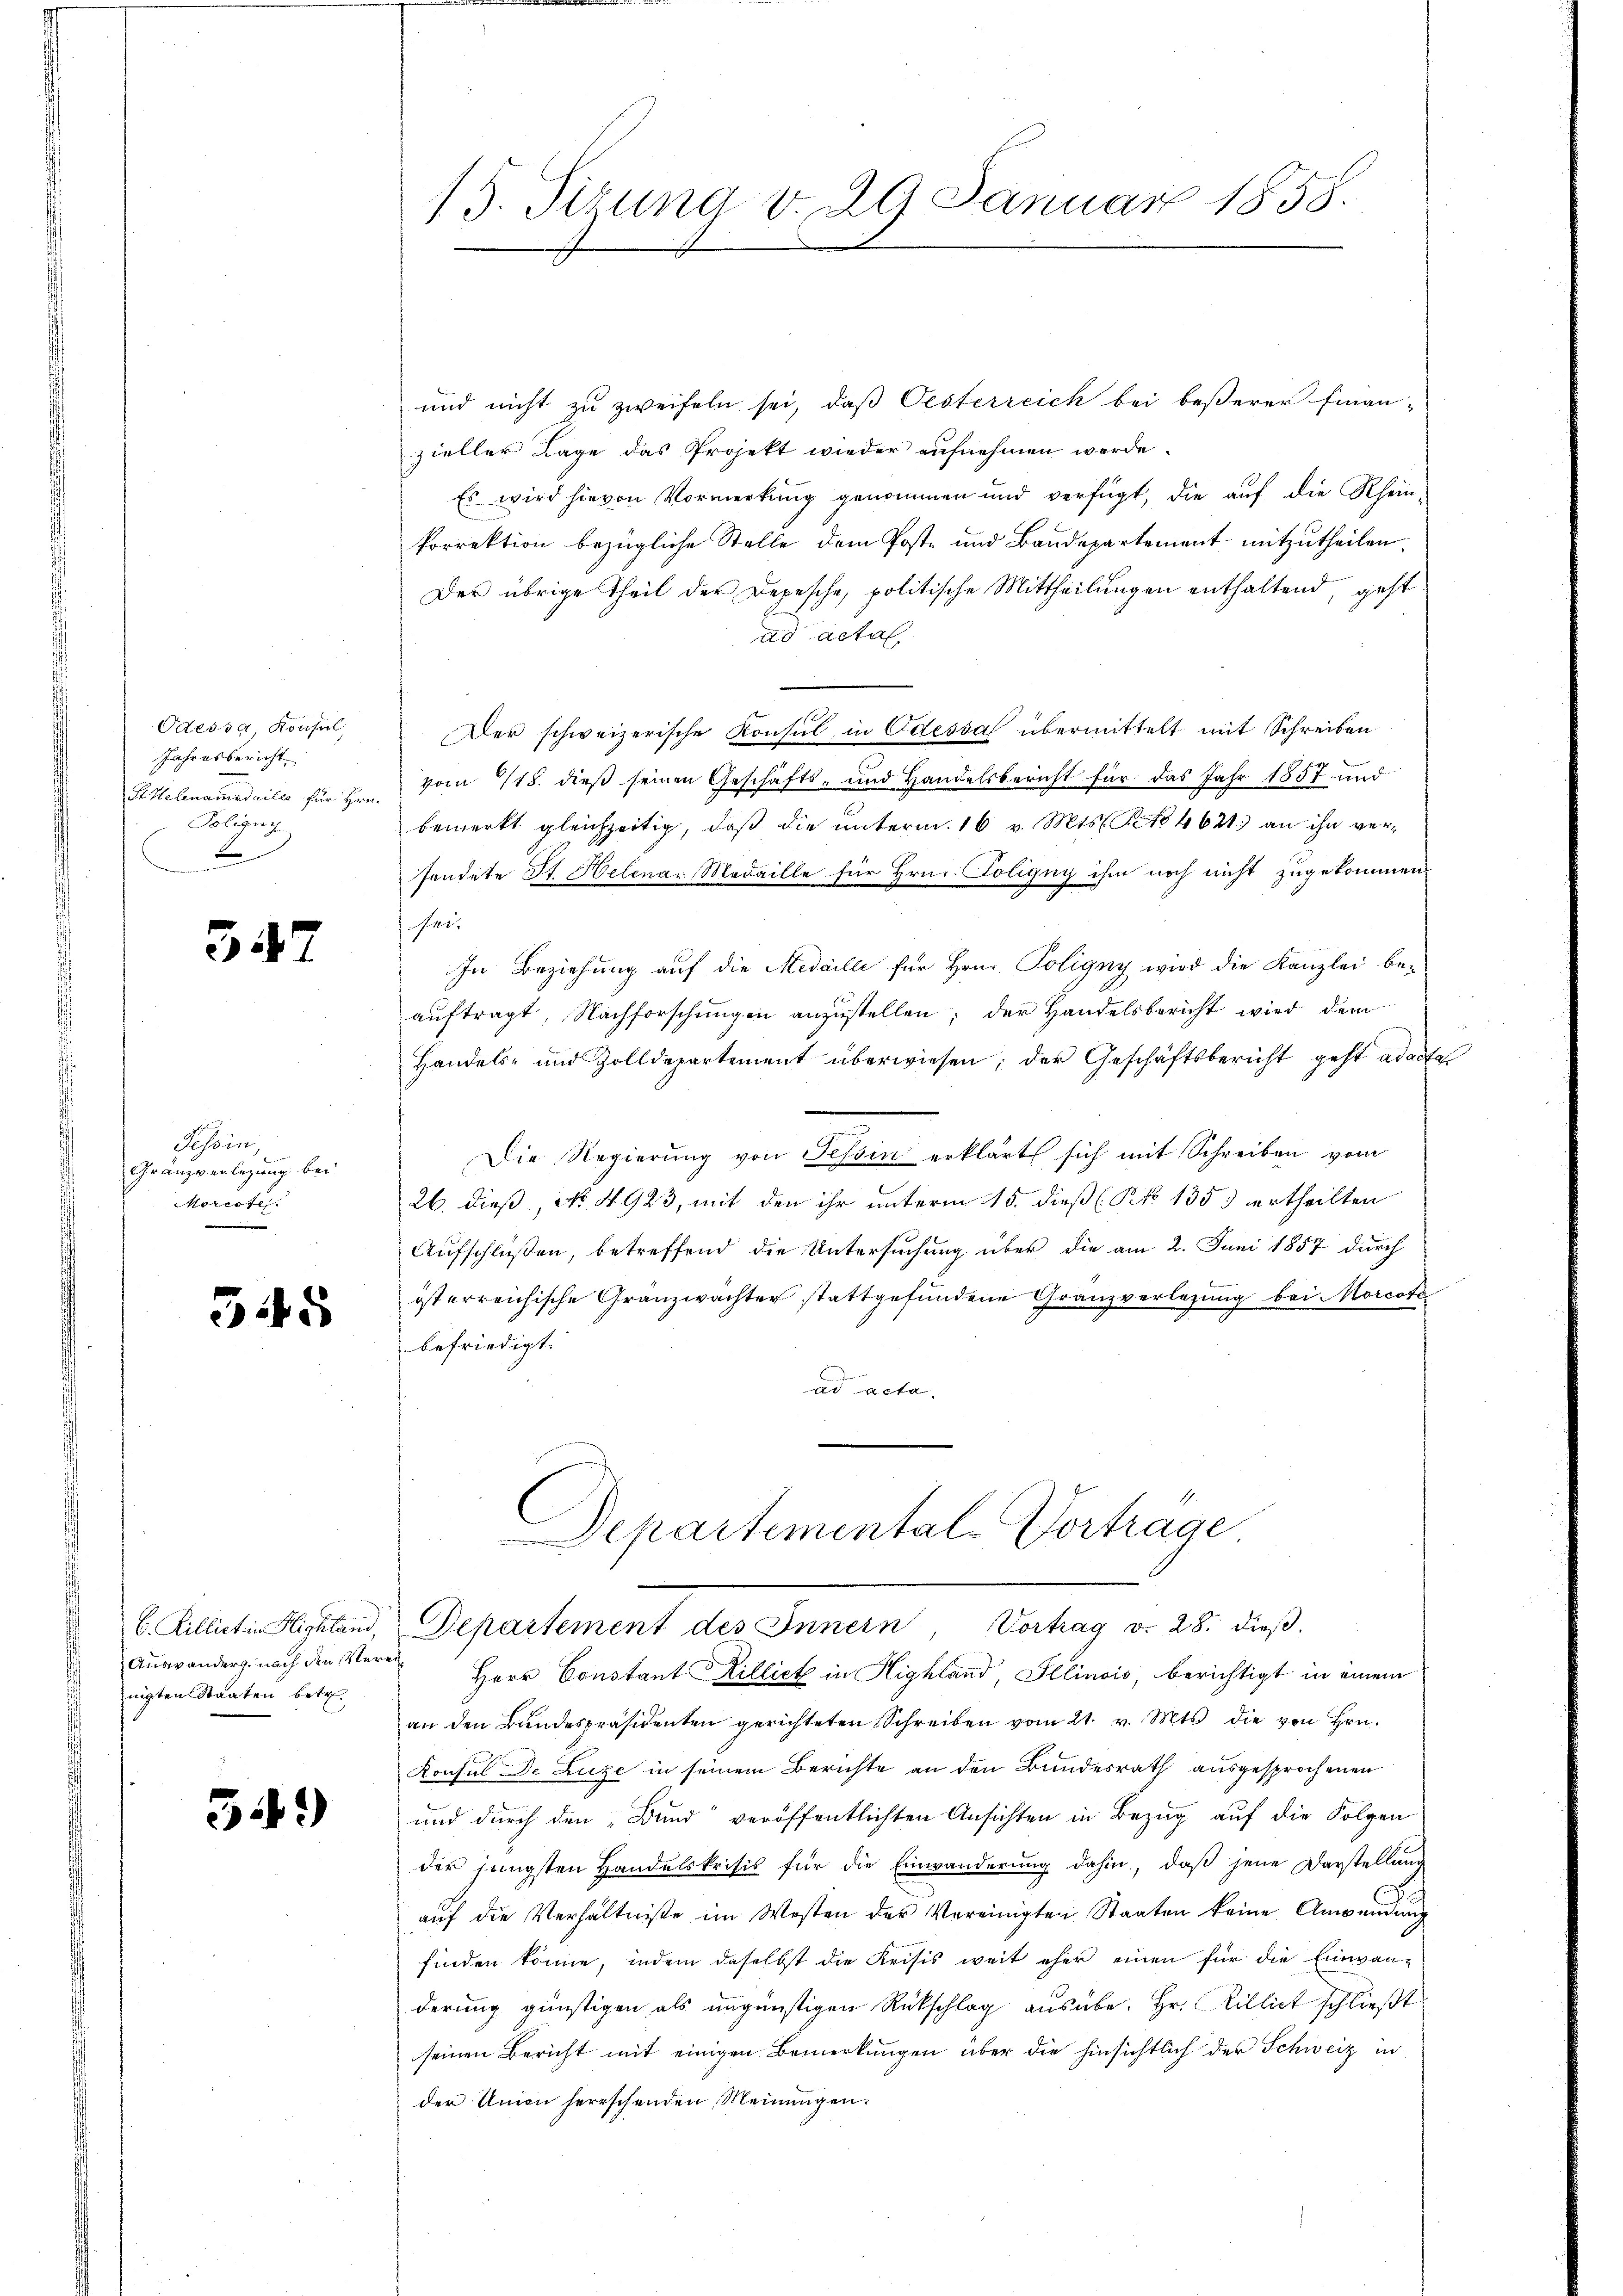
Odessa, Konsul,
Jahresbericht
Sittelenamedailes für Hrn.
Toligny
L

557

Tessin,
Gränzverlegung bei.
Morcote.
e

545

Auswanderg. nach den Vereinigten Staaten betre

54.)

und nicht zu zweifeln sei, daß Oesterreich bei beßerer Finan-
zieller Lage das Projekt wieder aufnehmen werde.
Es wird hievon Vormerkŭng genommen und verfügt, die aŭf die Rhein-
Porrektion bezügliche Stelle dem Poste und Baudepartement mitzutheilen.
Der übrige Theil der Depesche, politische Mittheilungen enthaltend, geht
ad actal
Der schweizerische Konsul in Odessa übermittelt mit Schreiben
vom 118. dieß seinen Geschäfts- und Handelsbericht für das Jahr 1857 und
bemerkt gleichzeitig, daß die unterm 16 v. Mts. No 4621.) an ihn versendete St. Helenar Medaille für Hrn. Poligny ihm noch nicht zugekommen
N. 11. 2.
In Beziehung auf die Medaille für Hrn. Poligny wird die Kanzlei beauftragt, Nachforschungen anzustellen; der Handelsbericht wird dem
Handels- und Zolldepartement überwiesen; der Geschäftsbericht geht ad actes
Die Regierŭng von Tessin erklärt sich mit Schreiben vom
26. dieß, No 4923, mit den ihr unterm 15. dieß (NNo 135. ertheilten
Aufschlüßen, betreffend die Untersuchung über die am 2. Juni 1857 durch
österreichische Gränzwachter stattgefundene Granzverlegung bei Morcote
befriedigt.
ad acta.

Herr Constant Hilliet in Highland Illinois, berichtigt in einem
an den Bundespräsidenten gerichteten Schreiben vom 21. v. Mts. die von Hrn.
Konsul De Luze in seinem Berichte an den Bundesrath ausgesprochenen
und durch den „Bund“ veröffentlichten Ansichten in Bezug auf die Folgen
der jüngsten Handelskrisis für die Einwanderung dahin, daß jene Darstellung
aŭf die Verhältniße im Westen der Vereinigten Staaten keine Anwendŭng
finden könne, indem daselbst die Krisis weit eher einen für die Einwan-
derung günstigen als ungünstigen Rückschlag ausübe. Hr. Villigt schließt
seinen Bericht mit einigen Bemerkungen über die hinsichtlich der Schweiz in
der Union herrschenden Meinungen.

15. Sizung d. 29. Januar 1858.

e
Departemental-Vortrage,
C. Rillictin Michland, Departement des Innern, Vortrag v. 28. dieβ-